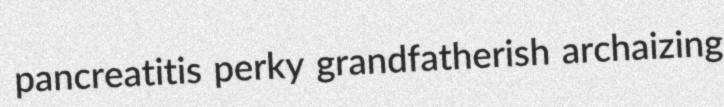
pancreatitis perky grandfatherish archaizing